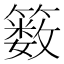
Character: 䉤